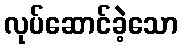
လုပ်ဆောင်ခဲ့သော